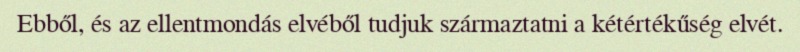
Ebből, és az ellentmondás elvéből tudjuk származtatni a kétértékűség elvét.